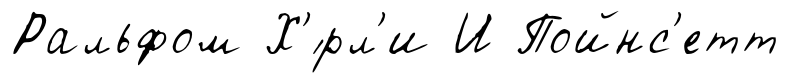
Ральфом Х'́рл'и И Пойнс'етт